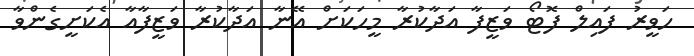
ހަވީރު ފައިލް ފޮޓޯ ވަޒީފާ އަދާކުރާ މީހަކަށް އޭނާ އަދާކުރާ ވަޒީފާއާ އެކަށީގެންވާ